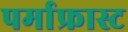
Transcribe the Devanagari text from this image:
पर्माफ्रास्ट